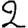
Digit: 2